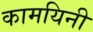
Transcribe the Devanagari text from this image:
कामयिनी